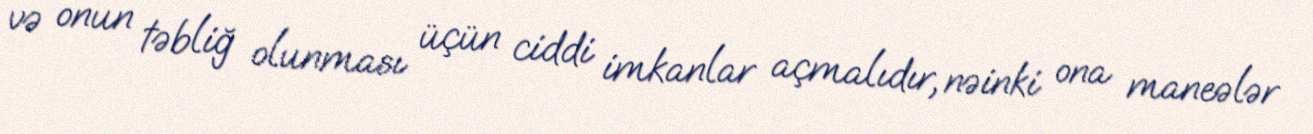
və onun təbliğ olunması üçün ciddi imkanlar açmalıdır, nəinki ona maneələr